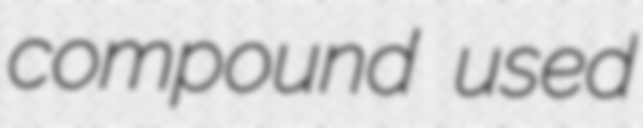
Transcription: compound used